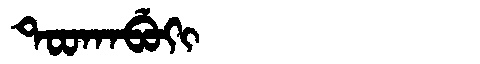
Manchu: ᡨᠣᠣᡴᠠᠪᡠᡴᡳ
Romanization: TOOKABUKI